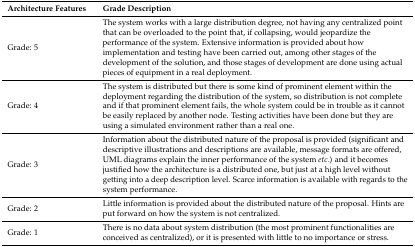
| Architecture Features | Grade Description |
 | --- | --- |
 | Grade: 5 | The system works with a large distribution degree, not having any centralized point that can be overloaded to the point that, if collapsing, would jeopardize the performance of the system. Extensive information is provided about how implementation and testing have been carried out, among other stages of the development of the solution, and those stages of development are done using actual pieces of equipment in a real deployment. |
 | Grade: 4 | The system is distributed but there is some kind of prominent element within the deployment regarding the distribution of the system, so distribution is not complete and if that prominent element fails, the whole system could be in trouble as it cannot be easily replaced by another node. Testing activities have been done but they are using a simulated environment rather than a real one. |
 | Grade: 3 | Information about the distributed nature of the proposal is provided (significant and descriptive illustrations and descriptions are available, message formats are offered, UML diagrams explain the inner performance of the system etc.) and it becomes justified how the architecture is a distributed one, but just at a high level without getting into a deep description level. Scarce information is available with regards to the system performance. |
 | Grade: 2 | Little information is provided about the distributed nature of the proposal. Hints are put forward on how the system is not centralized. |
 | Grade: 1 | There is no data about system distribution (the most prominent functionalities are conceived as centralized), or it is presented with little to no importance or stress. |